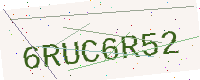
Text: 6RUC6R52